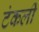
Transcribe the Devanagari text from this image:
टंकली